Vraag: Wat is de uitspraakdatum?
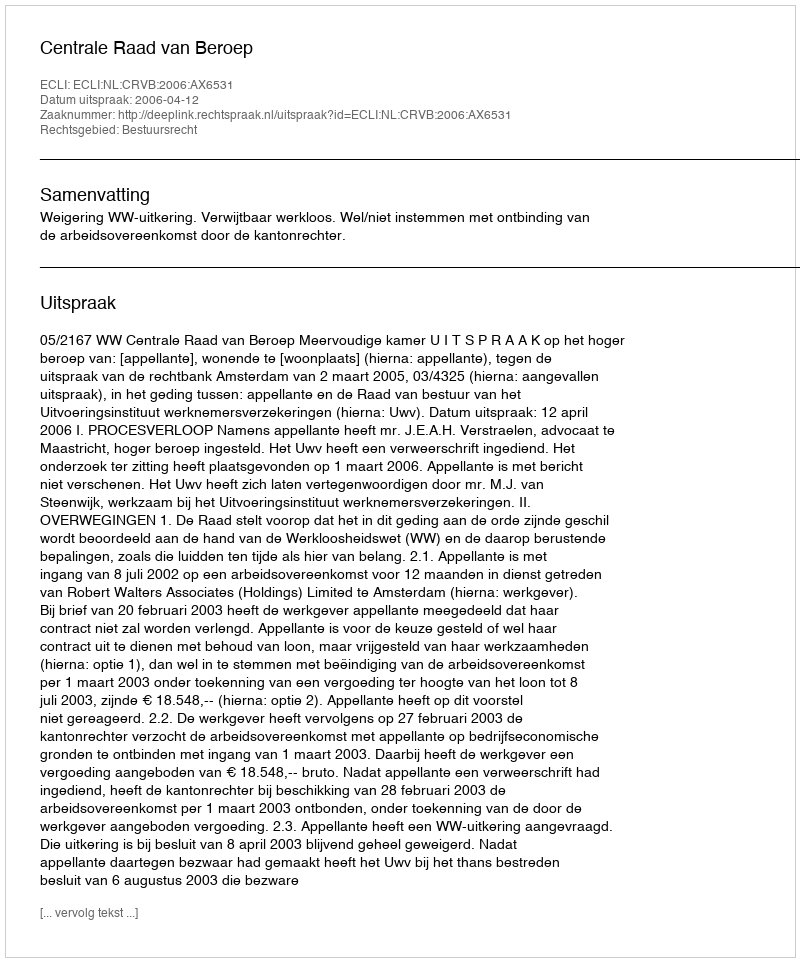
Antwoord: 2006-04-12